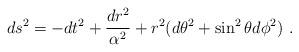
LaTeX: \begin{align*}ds^2=-d t^2+\frac{dr^2}{\alpha^2}+r^2(d\theta^2+\sin^2\theta d\phi^2) \ .\end{align*}